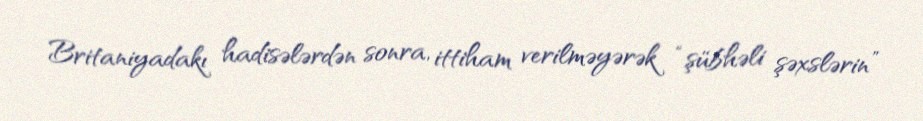
Britaniyadakı hadisələrdən sonra, ittiham verilməyərək “şübhəli şəxslərin”